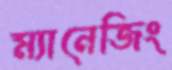
ম্যানেজিং